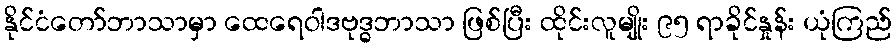
နိုင်ငံတော်ဘာသာမှာ ထေရေဝါဒဗုဒ္ဓဘာသာ ဖြစ်ပြီး ထိုင်းလူမျိုး ၉၅ ရာခိုင်နှုန်း ယုံကြည်